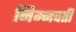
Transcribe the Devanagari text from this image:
निम्नवर्ती